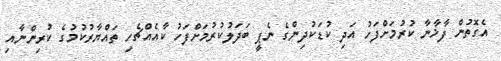
އެގޮތުން ފާޚާނާ ކުރުމަށްފަހު އަދި ކުޑަކުދިންގެ ނެޕީ ބަދަލުކުރުމަށްފަހު ކާއެއްޗެހި ތައްޔާރުކުމުގެ ކުރިންނާއި